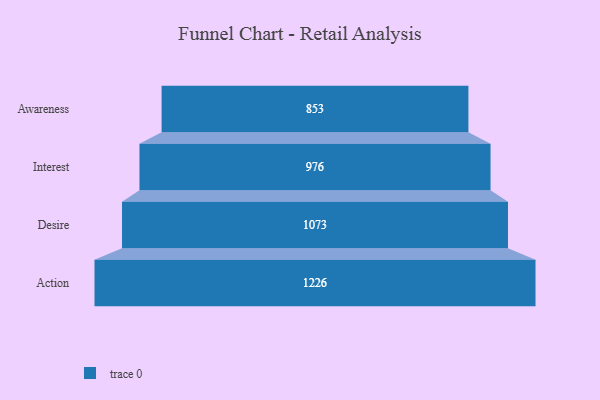
{"axis": {"x": "Stage", "y": "Value"}, "legend": [""], "data": [{"x": "Awareness", "y": 853.0, "type": ""}, {"x": "Interest", "y": 976.0, "type": ""}, {"x": "Desire", "y": 1073.0, "type": ""}, {"x": "Action", "y": 1226.0, "type": ""}]}